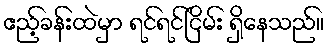
ဧည့်ခန်းထဲမှာ ရင်ရင်ငြိမ်း ရှိနေသည်။